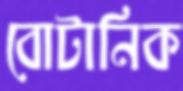
বোটানিক